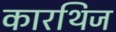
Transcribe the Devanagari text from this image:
कारथिज